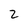
Character: 2